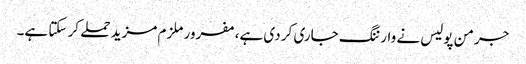
جرمن پولیس نے وارننگ جاری کر دی ہے، مفرور ملزم مزید حملے کر سکتا ہے۔